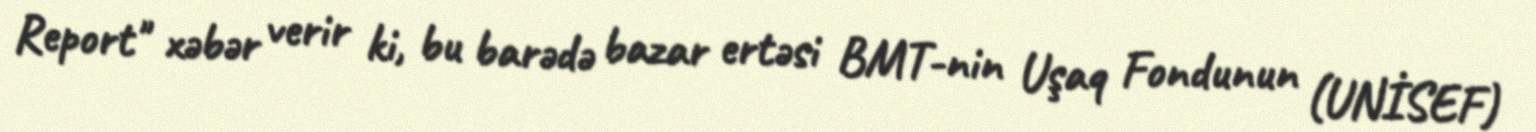
Report" xəbər verir ki, bu barədə bazar ertəsi BMT-nin Uşaq Fondunun (UNİSEF)